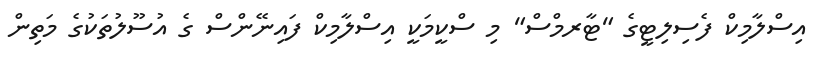
އިސްލާމިކް ފެސިލިޓީގެ "ޓާރމްސް" މި ސްކީމަކީ އިސްލާމިކް ފައިނޭންސް ގެ އުސޫލުތަކުގެ މަތިން